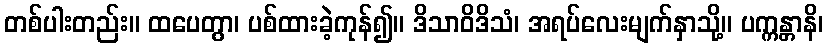
တစ်ပါးတည်း။ ထပေတွာ၊ ပစ်ထားခဲ့ကုန်၍။ ဒိသာဝိဒိသံ၊ အရပ်လေးမျက်နှာသို့။ ပက္ကန္တာနိ၊